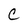
Character: C